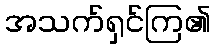
အသက်ရှင်ကြ၏